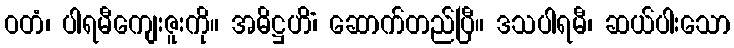
ဝတံ၊ ပါရမီကျေးဇူးကို။ အဓိဋ္ဌဟိံ၊ ဆောက်တည်ပြီ။ ဒသပါရမီ၊ ဆယ်ပါးသော